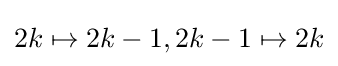
2k\mapsto 2k-1,2k-1\mapsto 2k